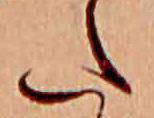
た